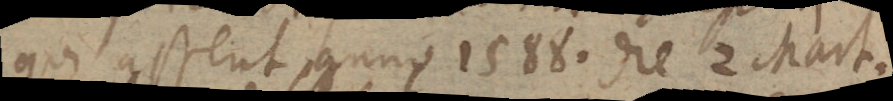
qui asserit anno 1588. die 2 Mart.